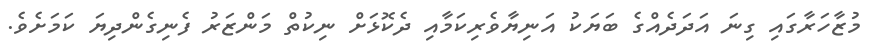
މުޒާހަރާގައި ގިނަ އަދަދެއްގެ ބަޔަކު އަނިޔާވެރިކަމާއި ދެކޮޅަށް ނިކުތް މަންޒަރު ފެނިގެންދިޔަ ކަމަށެވެ.